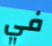
في